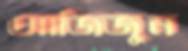
আজিজুন